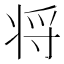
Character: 将